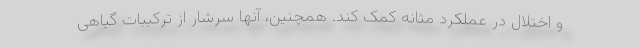
و اختلال در عملکرد مثانه کمک کند. همچنین، آنها سرشار از ترکیبات گیاهی